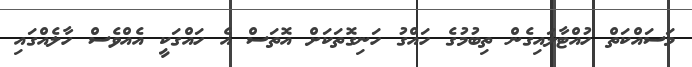
މަސައްކަތް ހުއްޓާލައިގެން ތިބުމުގެ ހައްގު ހަނިގޮތަކަށް އޮތަސް އެ ހައްގަކީ އެއްވެސް ހާލެއްގައި